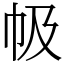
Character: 㠷